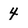
Character: 4